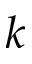
k